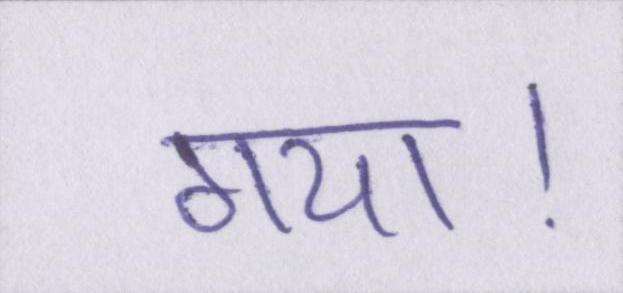
गया।